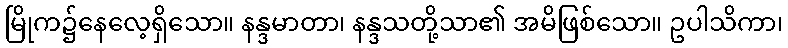
မြိုက၌နေလေ့ရှိသော။ နန္ဒမာတာ၊ နန္ဒသတို့သာ၏ အမိဖြစ်သော။ ဥပါသိကာ၊